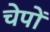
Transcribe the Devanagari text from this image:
चेपों